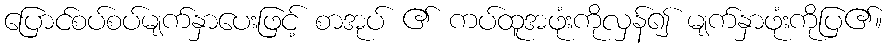
ပြောင်စပ်စပ်မျက်နှာပေးဖြင့် စာအုပ် ၏ ကပ်ထူအဖုံးကိုလှန်၍ မျက်နှာဖုံးကိုပြ၏။